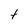
Character: t